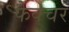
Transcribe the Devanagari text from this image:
फैक्चर